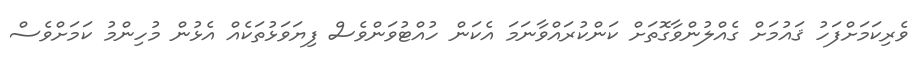
ވެރިކަމަށްފަހު ޤައުމަށް ގެއްލުންވާގޮތަށް ކަންކުރައްވާނަމަ އެކަން ހުއްޓުވަންވެސް ފިޔަވަޅުތަކެއް އެޅުން މުހިންމު ކަމަށްވެސް